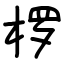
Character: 椤